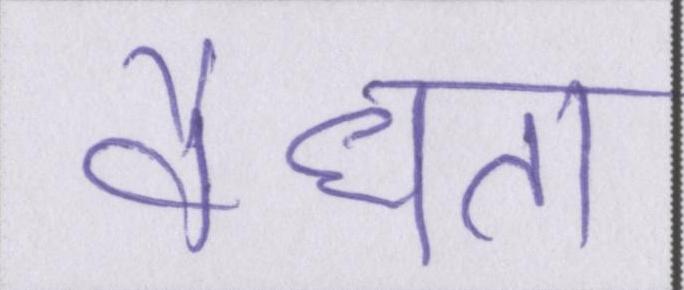
वैधता